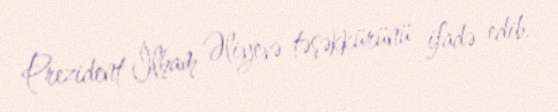
Prezident İlham Əliyevə təşəkkürünü ifadə edib.